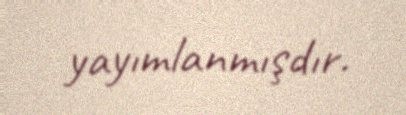
yayımlanmışdır.